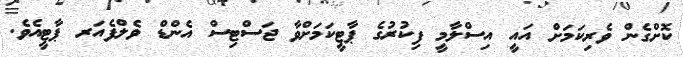
ކޮށްގެން ވެރިކަމަށް އައީ އިސްލާމީ ފިކުރުގެ ޕާޓީކަމަށްވާ ޖަސްޓިސް އެންޑް ވެލްފެއަރ ޕާޓީއެވެ.